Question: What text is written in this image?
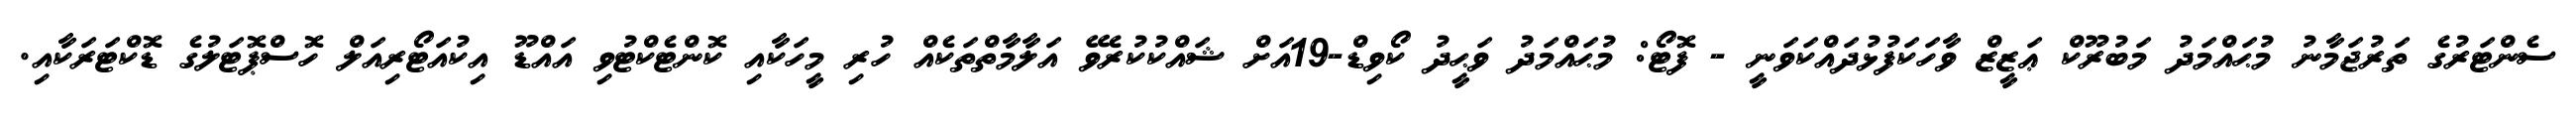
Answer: ސެންޓަރުގެ ތަރުޖަމާނު މުޙައްމަދު މަބުރޫކް ޢަޒީޒް ވާހަކަފުޅުދައްކަވަނީ - ފޮޓޯ: މުޙައްމަދު ވަޙީދު ކޯވިޑް-19އަށް ޝައްކުކުރެވޭ އަލާމާތްތަކެއް ހުރި މީހަކާއި ކޮންޓެކްޓުވި އައްޑޫ އިކުއަޓޯރިއަލް ހޮސްޕޮޓަލުގެ ޑޮކްޓަރަކާއި.